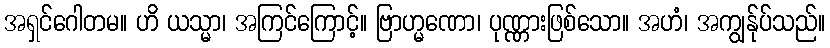
အရှင်ဂေါတမ။ ဟိ ယသ္မာ၊ အကြင်ကြောင့်။ ဗြာဟ္မဏော၊ ပုဏ္ဏားဖြစ်သော။ အဟံ၊ အကျွန်ုပ်သည်။